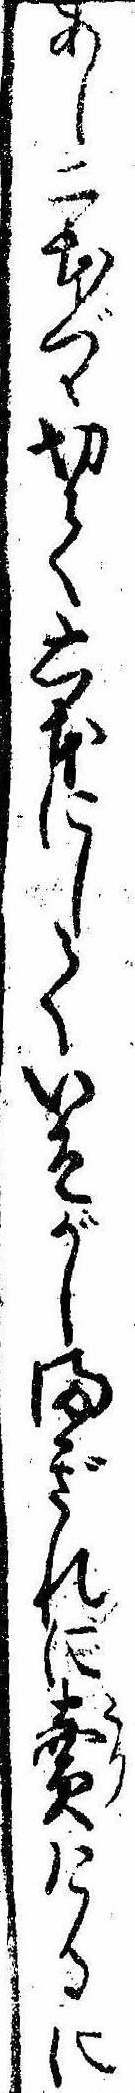
あし二本づゝ切て六本にしていそがしまぎれに売けるに